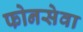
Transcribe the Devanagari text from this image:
फोनसेवा